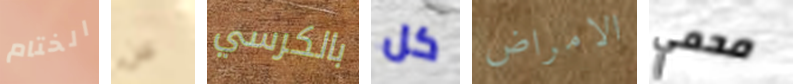
الختام عن بالكرسي كل الامراض محمي